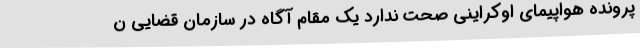
پرونده هواپیمای اوکراینی صحت ندارد یک مقام آگاه در سازمان قضایی ن